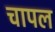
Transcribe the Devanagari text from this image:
चापल